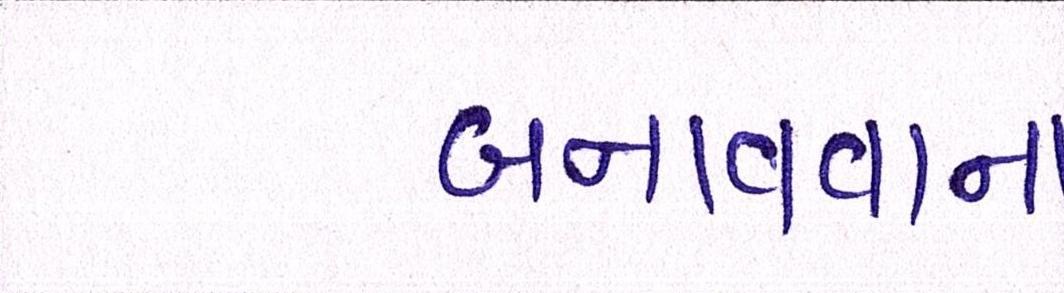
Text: બનાવવાના